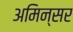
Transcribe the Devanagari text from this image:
अमिन्सर